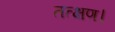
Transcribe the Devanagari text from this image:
तत्क्षण।